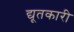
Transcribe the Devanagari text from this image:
द्यूतकारी